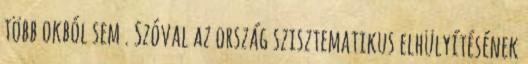
több okból sem . Szóval az ország szisztematikus elhülyítésének